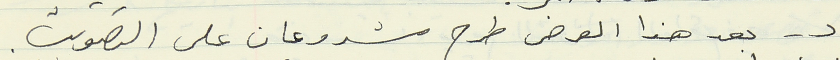
د - بعد هذا العرض طرح مشروعان على التصويت.